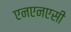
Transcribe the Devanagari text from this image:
एनएनएसी